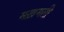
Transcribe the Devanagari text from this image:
मख़मली